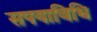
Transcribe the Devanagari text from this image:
सपयाविधि